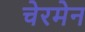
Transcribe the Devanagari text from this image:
चेरमेन